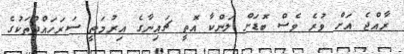
ރާއްޖެ އަށް ވުރެ ވެސް ބޮޑަށް ލަންކާ އޮތީ ޗައިނާގެ އިރުމަތީ ސަރަހައްދުތަކުގެ